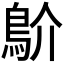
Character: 𩾴